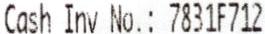
CASH INV NO.: 7831F712